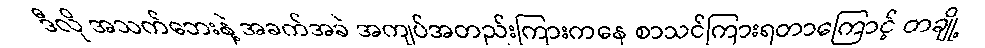
ဒီလို အသက်ဘေးနဲ့ အခက်အခဲ အကျပ်အတည်းကြားကနေ စာသင်ကြားရတာကြောင့် တချို့